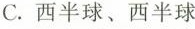
C.西半球、西半球